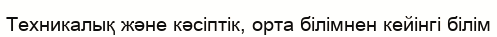
Техникалық және кәсіптік, орта білімнен кейінгі білім